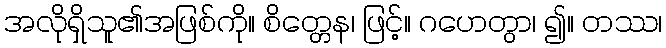
အလိုရှိသူ၏အဖြစ်ကို။ စိတ္တေန၊ ဖြင့်။ ဂဟေတွာ၊ ၍။ တဿ၊